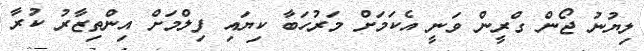
ލިޔުނު ޖޯން ގްރީން ވަނީ އެކަމަށް މަރުހަބާ ކިޔައި ފިލްމަށް އިންތިޒާރު ކުރާ